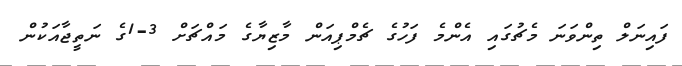
ފައިނަލް ތިންވަނަ މެޗުގައި އެންމެ ފަހުގެ ޗެމްޕިއަން މާޒިޔާގެ މައްޗަށް 3-1ގެ ނަތީޖާއަކުން